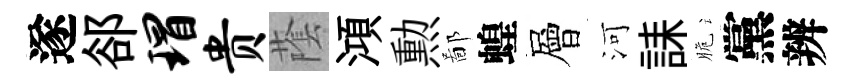
遂郤瑁贵䕃澒勲鄙蝗層河誄脆黨辨